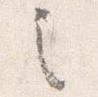
之